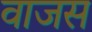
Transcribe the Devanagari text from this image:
वाजस